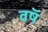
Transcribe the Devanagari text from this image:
वषॅ